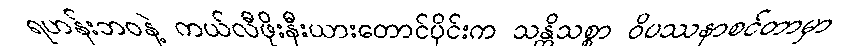
ရဟန်းဘဝနဲ့ ကယ်လီဖိုးနီးယားတောင်ပိုင်းက သန္တိသစ္စာ ဝိပဿနာစင်တာမှာ